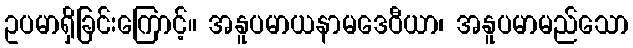
ဥပမာရှိခြင်းကြောင့်။ အနူပမာယနာမဒေဝီယာ၊ အနူပမာမည်သော